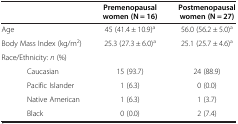
<table><thead><tr><td><b> </b></td><td><b>Premenopausal women (N = 16)</b></td><td><b>Postmenopausal women (N = 27)</b></td></tr></thead><tbody><tr><td>Age</td><td>45 (41.4 ± 10.9)<sup>a</sup></td><td>56.0 (56.2 ± 5.0)<sup>a</sup></td></tr><tr><td>Body Mass Index (kg/m<sup>2</sup>)</td><td>25.3 (27.3 ± 6.0)<sup>a</sup></td><td>25.1 (25.7 ± 4.6)<sup>a</sup></td></tr><tr><td>Race/Ethnicity: <i>n</i> (%)</td><td> </td><td> </td></tr><tr><td>Caucasian</td><td>15 (93.7)</td><td>24 (88.9)</td></tr><tr><td>Pacific Islander</td><td>1 (6.3)</td><td>0 (0.0)</td></tr><tr><td>Native American</td><td>1 (6.3)</td><td>1 (3.7)</td></tr><tr><td>Black</td><td>0 (0.0)</td><td>2 (7.4)</td></tr></tbody></table>